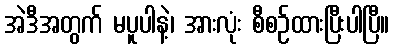
အဲဒီအတွက် မပူပါနဲ့၊ အားလုံး စီစဉ်ထားပြီးပါပြီ။